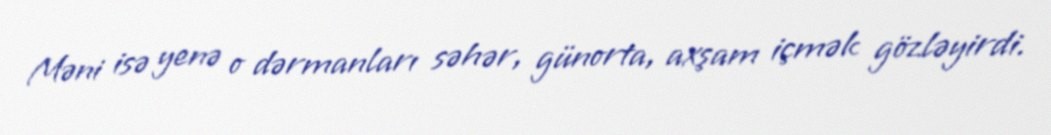
Məni isə yenə o dərmanları səhər, günorta, axşam içmək gözləyirdi.